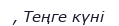
, Теңге күні